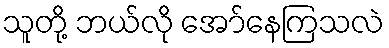
သူတို့ ဘယ်လို အော်နေကြသလဲ